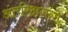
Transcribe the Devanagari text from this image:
अंतरिक्षगंगा